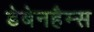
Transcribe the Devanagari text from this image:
डेबेनहैम्स